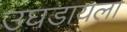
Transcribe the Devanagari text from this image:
उघडायला